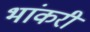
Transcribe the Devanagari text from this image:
भांकरी